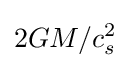
2GM/c_{s}^{2}